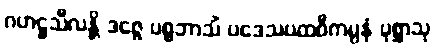
ဂဟဋ္ဌသီလန္တိ ဒဇ္ဇေ ပစ္စဘာသိံ ပဒေသပထဝီကမ္ပနံ ပုစ္ဆာသု